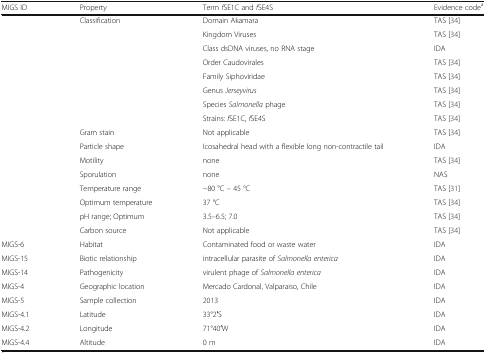
| MIGS ID | Property | Term fSE1C and fSE4S | Evidence codea |
 | --- | --- | --- | --- |
 |  | Classification | Domain Akamara | TAS [34] |
 |  |  | Kingdom Viruses | TAS [34] |
 |  |  | Class dsDNA viruses, no RNA stage | IDA |
 |  |  | Order Caudovirales | TAS [34] |
 |  |  | Family Siphoviridae | TAS [34] |
 |  |  | Genus Jerseyvirus | TAS [34] |
 |  |  | Species Salmonella phage | TAS [34] |
 |  |  | Strains: fSE1C, fSE4S | TAS [34] |
 |  | Gram stain | Not applicable | TAS [34] |
 |  | Particle shape | Icosahedral head with a flexible long non-contractile tail | IDA |
 |  | Motility | none | TAS [34] |
 |  | Sporulation | none | NAS |
 |  | Temperature range | −80 °C – 45 °C | TAS [31] |
 |  | Optimum temperature | 37 °C | TAS [34] |
 |  | pH range; Optimum | 3.5–6.5; 7.0 | TAS [34] |
 |  | Carbon source | Not applicable | TAS [34] |
 | MIGS-6 | Habitat | Contaminated food or waste water | IDA |
 | MIGS-15 | Biotic relationship | intracellular parasite of Salmonella enterica | IDA |
 | MIGS-14 | Pathogenicity | virulent phage of Salmonella enterica | IDA |
 | MIGS-4 | Geographic location | Mercado Cardonal, Valparaiso, Chile | IDA |
 | MIGS-5 | Sample collection | 2013 | IDA |
 | MIGS-4.1 | Latitude | 33°2′S | IDA |
 | MIGS-4.2 | Longitude | 71°40′W | IDA |
 | MIGS-4.4 | Altitude | 0 m | IDA |